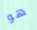
هو